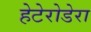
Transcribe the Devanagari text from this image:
हेटेरोडेरा